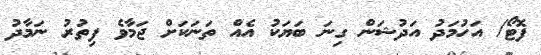
ފޮޓޯ/ އަހުމަދު އަދުޝަން ގިނަ ބަޔަކު އެއް ތަނަކަށް ޖަމާވެ ފިތުރު ނަމާދު